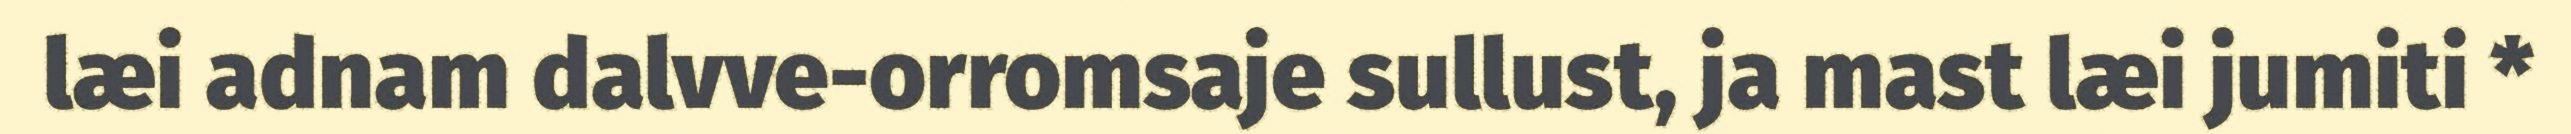
læi adnam dalvve-orromsaje sullust, ja mast læi jumiti *